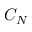
C _ { N }